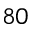
8 0